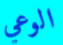
الوعي